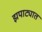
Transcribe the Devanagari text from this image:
झपाट्यात